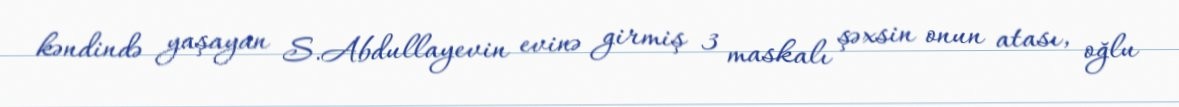
kəndində yaşayan S.Abdullayevin evinə girmiş 3 maskalı şəxsin onun atası, oğlu